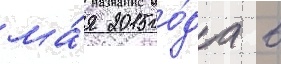
ма́я 2015 го́да в